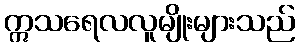
ဣသရေလလူမျိုးများသည်